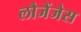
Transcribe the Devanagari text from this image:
लौजेंजेस